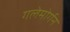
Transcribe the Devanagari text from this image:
गलेमोर्गन